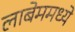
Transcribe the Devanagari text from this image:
लाबेममध्ये